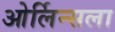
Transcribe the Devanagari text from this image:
ओर्लिन्सला